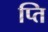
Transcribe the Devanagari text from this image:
प्ति